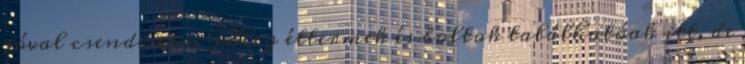
jóval csendesebb. Főleg éttermek és boltok találhatóak itt, de